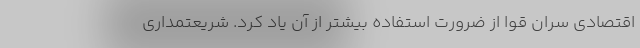
اقتصادی سران قوا از ضرورت استفاده بیشتر از آن یاد کرد. شریعتمداری